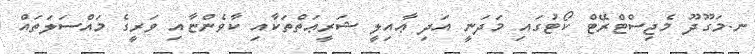
ނ.މަގޫދޫ މެޖިސްޓްރޭޓް ކޯޓުގައި މަދަނީ އަދި ޢާއިލީ ޝަރީޢަތްތަކާއި ކާވެންޏާއި ވަރީގެ މައްސަލަތައް